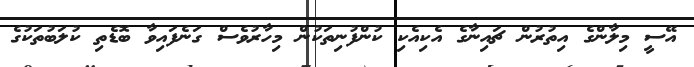
އޭސީ މިލާންގެ އިތުރުން ޗައިނާގެ އެކިއެކި ކުންފުނިތަކުން މިހާރުވެސް ގަނެފައިވާ ބޮޑެތި ކުލަބުތަކުގެ